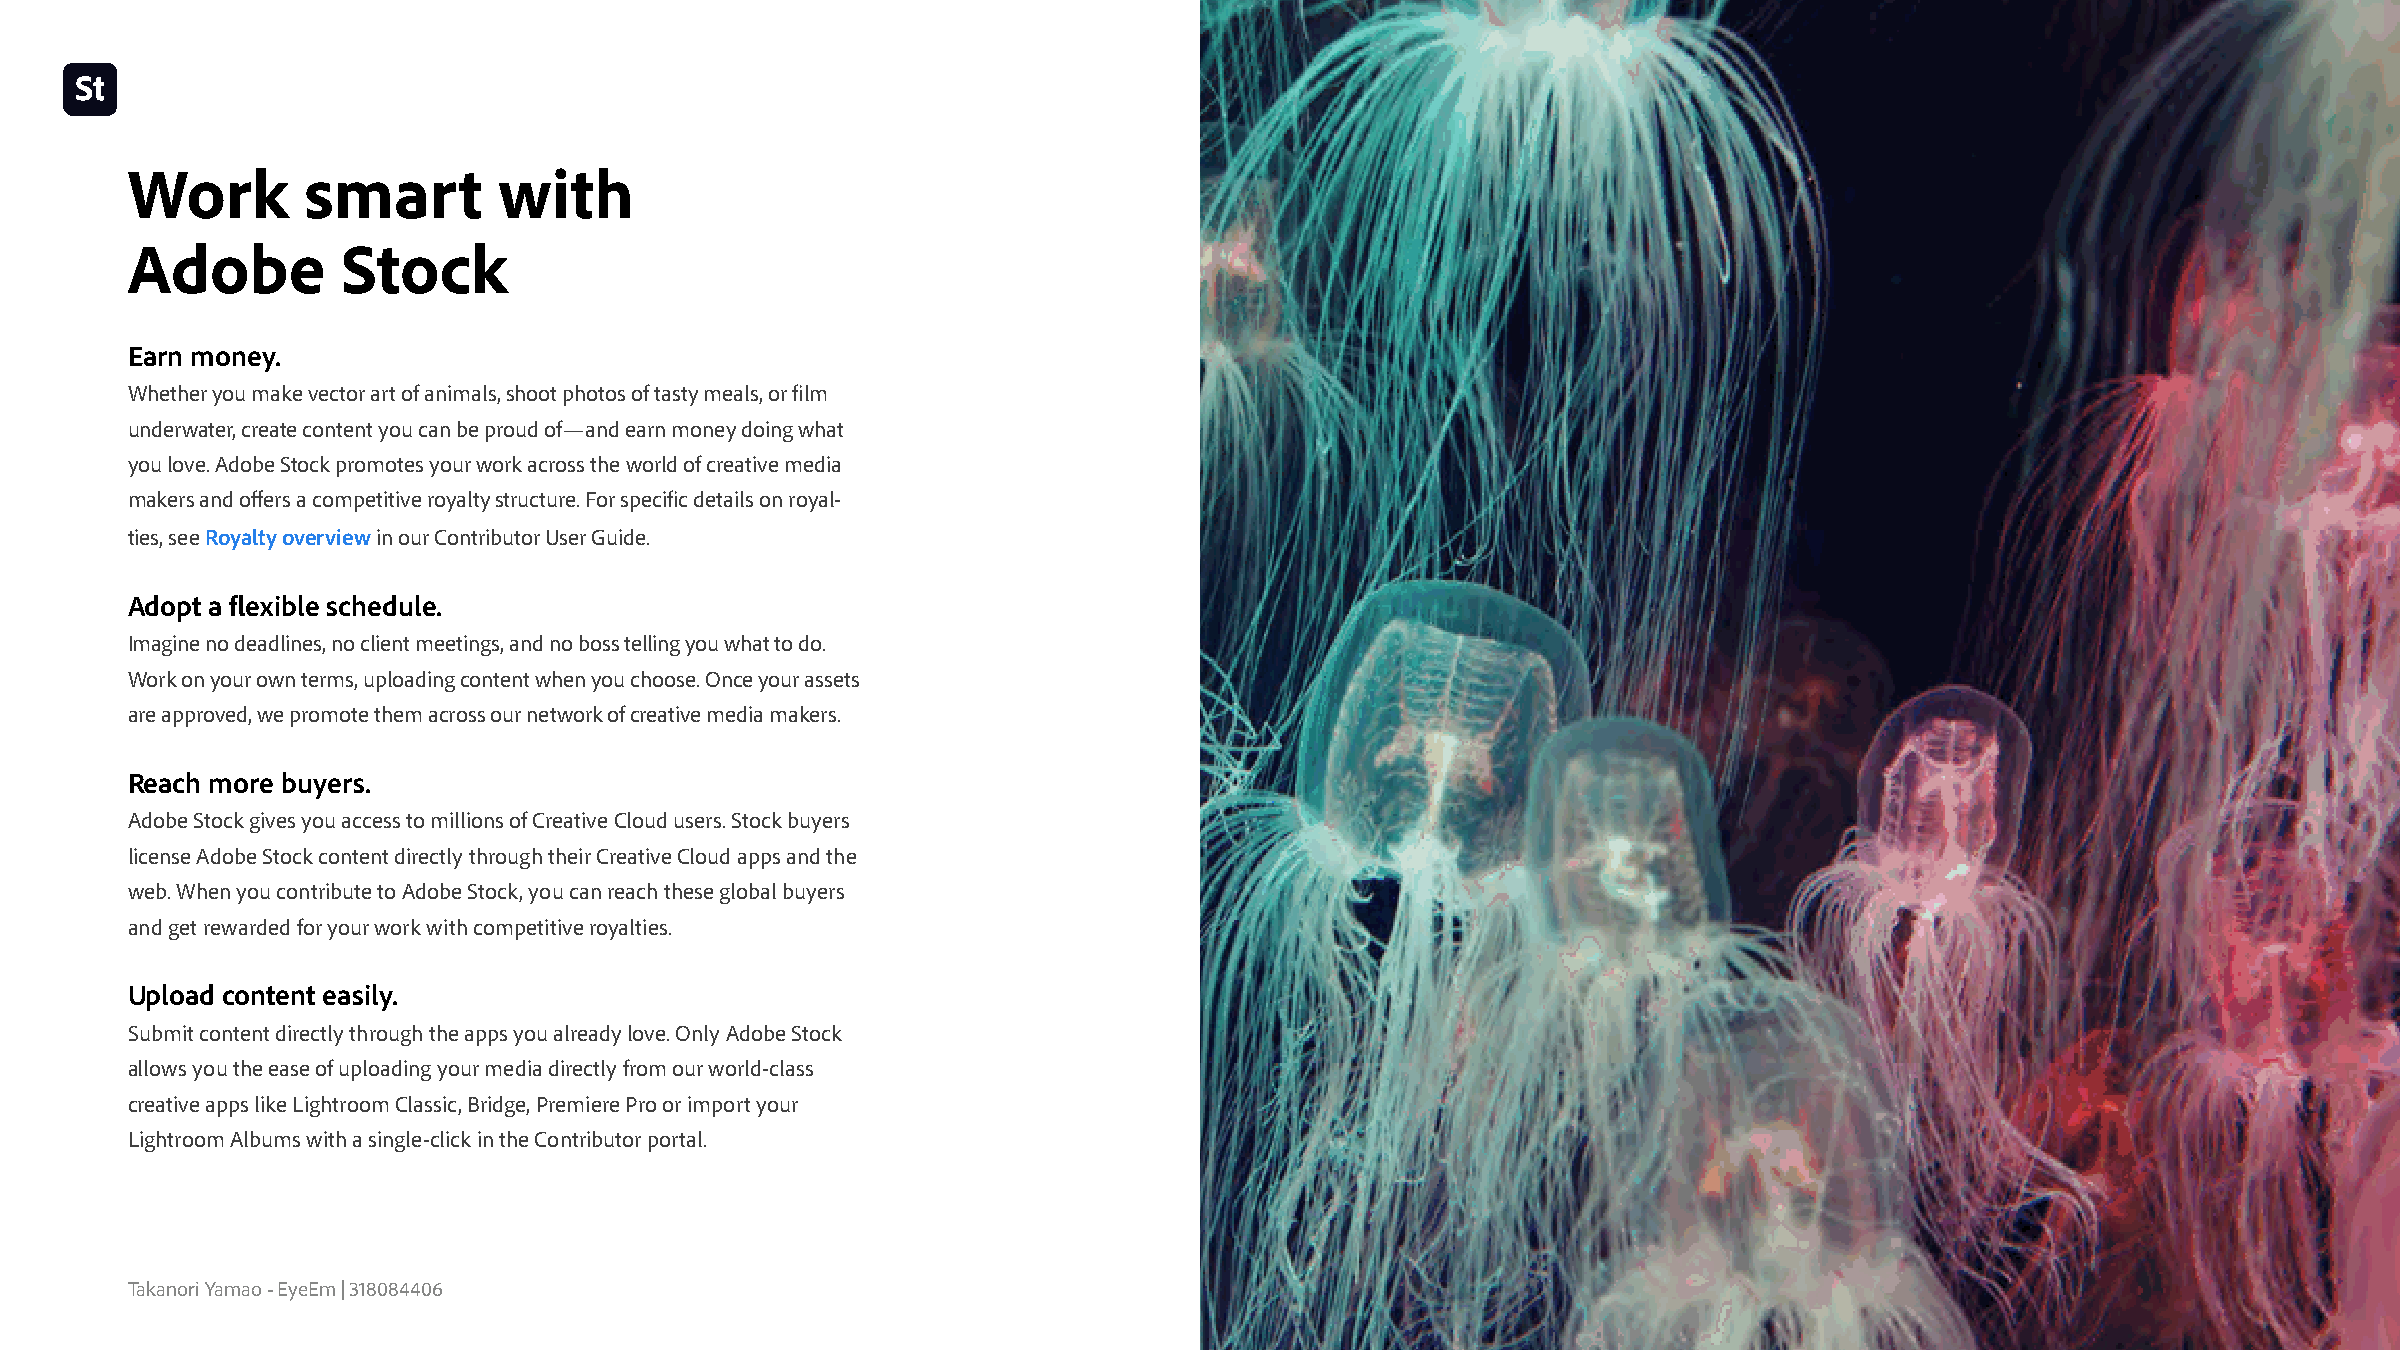
Work        smart        with
 Adobe          Stock
 Earn money
 Whether you make vector art of animals, shoot photos of tasty meals, or film
 underwater, create content you can be proud of—and earn money doing what
 you love. Adobe Stock promotes your work across the world of creative media
 makers and offers a competitive royalty structure. For specific details on royal-
 ties, see Royalty overview in our Contributor User Guide.
 Adopt a flexible schedule
 Imagine no deadlines, no client meetings, and no boss telling you what to do.
 Work on your own terms, uploading content when you choose. Once your assets
 are approved, we promote them across our network of creative media makers.
 Reach more buyers
 Adobe Stock gives you access to millions of Creative Cloud users. Stock buyers
 license Adobe Stock content directly through their Creative Cloud apps and the
 web. When you contribute to Adobe Stock, you can reach these global buyers
 and get rewarded for your work with competitive royalties.
 Upload content easily
 Submit content directly through the apps you already love. Only Adobe Stock
 allows you the ease of uploading your media directly from our world-class
 creative apps like Lightroom Classic, Bridge, Premiere Pro or import your
 Lightroom Albums with a single-click in the Contributor portal.
 Takanori Yamao - EyeEm | 318084406